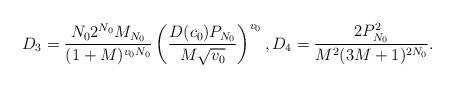
LaTeX: \begin{align*}D_{3}=\frac{N_{0}2^{N_{0}}M_{N_{0}}}{(1+M)^{v_{0}N_{0}}}\left( \frac{D(c_{0})P_{N_{0}}}{M\sqrt{v_{0}}}\right) ^{v_{0}},D_{4}=\frac{2P_{N_{0}}^{2}}{M^{2}(3M+1)^{2N_0}}.\end{align*}